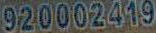
920002419